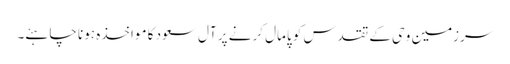
سرزمین وحی کے تقدس کو پامال کرنے پر آل سعود کا مواخذہ ہونا چاہئے۔